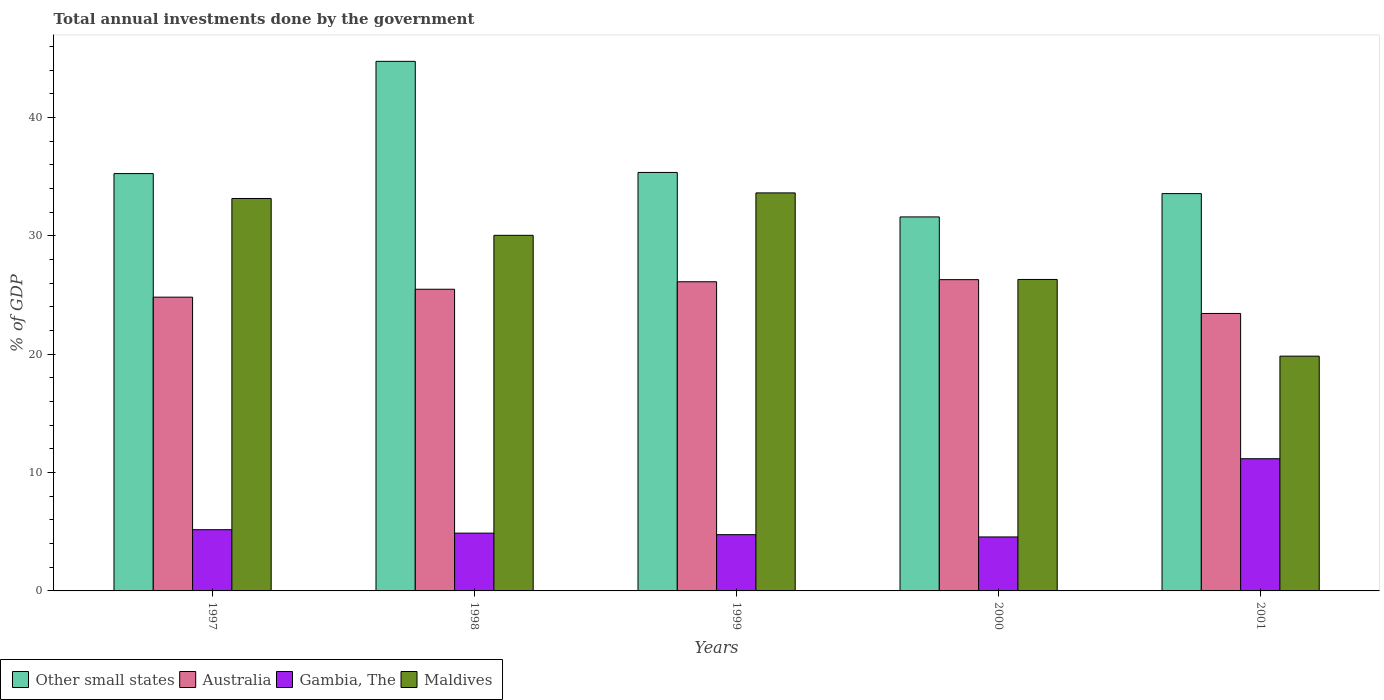
| Years | Other small states | Australia | Gambia, The | Maldives |
 | --- | --- | --- | --- | --- |
 | 1997 | 35.3 | 24.8 | 5.18 | 33.2 |
 | 1998 | 44.8 | 25.5 | 4.88 | 30.1 |
 | 1999 | 35.4 | 26.1 | 4.76 | 33.6 |
 | 2000 | 31.6 | 26.3 | 4.56 | 26.3 |
 | 2001 | 33.6 | 23.5 | 11.2 | 19.8 |